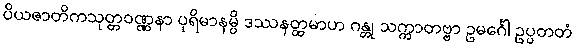
ပိယဇာတိကသုတ္တဝဏ္ဏနာ ပုရိမာနမ္ပိ ဒဿနတ္ထမာဟ ဂန္တု သက္ကာတဗ္ဗာ ဥမင်္ဂေါ ဥပ္ပတတံ